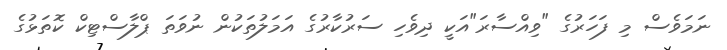
ނަމަވެސް މި ފަހަރުގެ "ވިއްސާރަ"އަކީ ދިވެހި ސަރުކާރުގެ އަމަލުތަކުން ނުވަތަ ޕްލާސްޓިކް ކޮތަޅުގެ